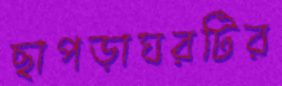
ছাপড়াঘরটির